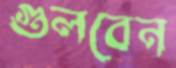
গুলবেন